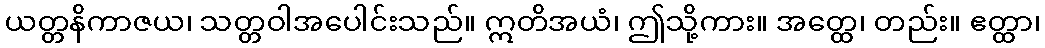
ယတ္တနိကာဇယ၊ သတ္တဝါအပေါင်းသည်။ ဣတိအယံ၊ ဤသို့ကား။ အတ္ထေ၊ တည်း။ ဧတ္ထာ၊